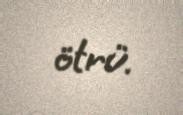
ötrü.